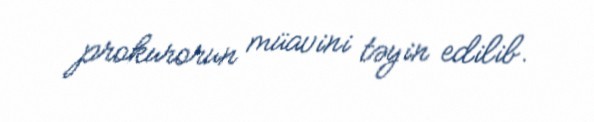
prokurorun müavini təyin edilib.